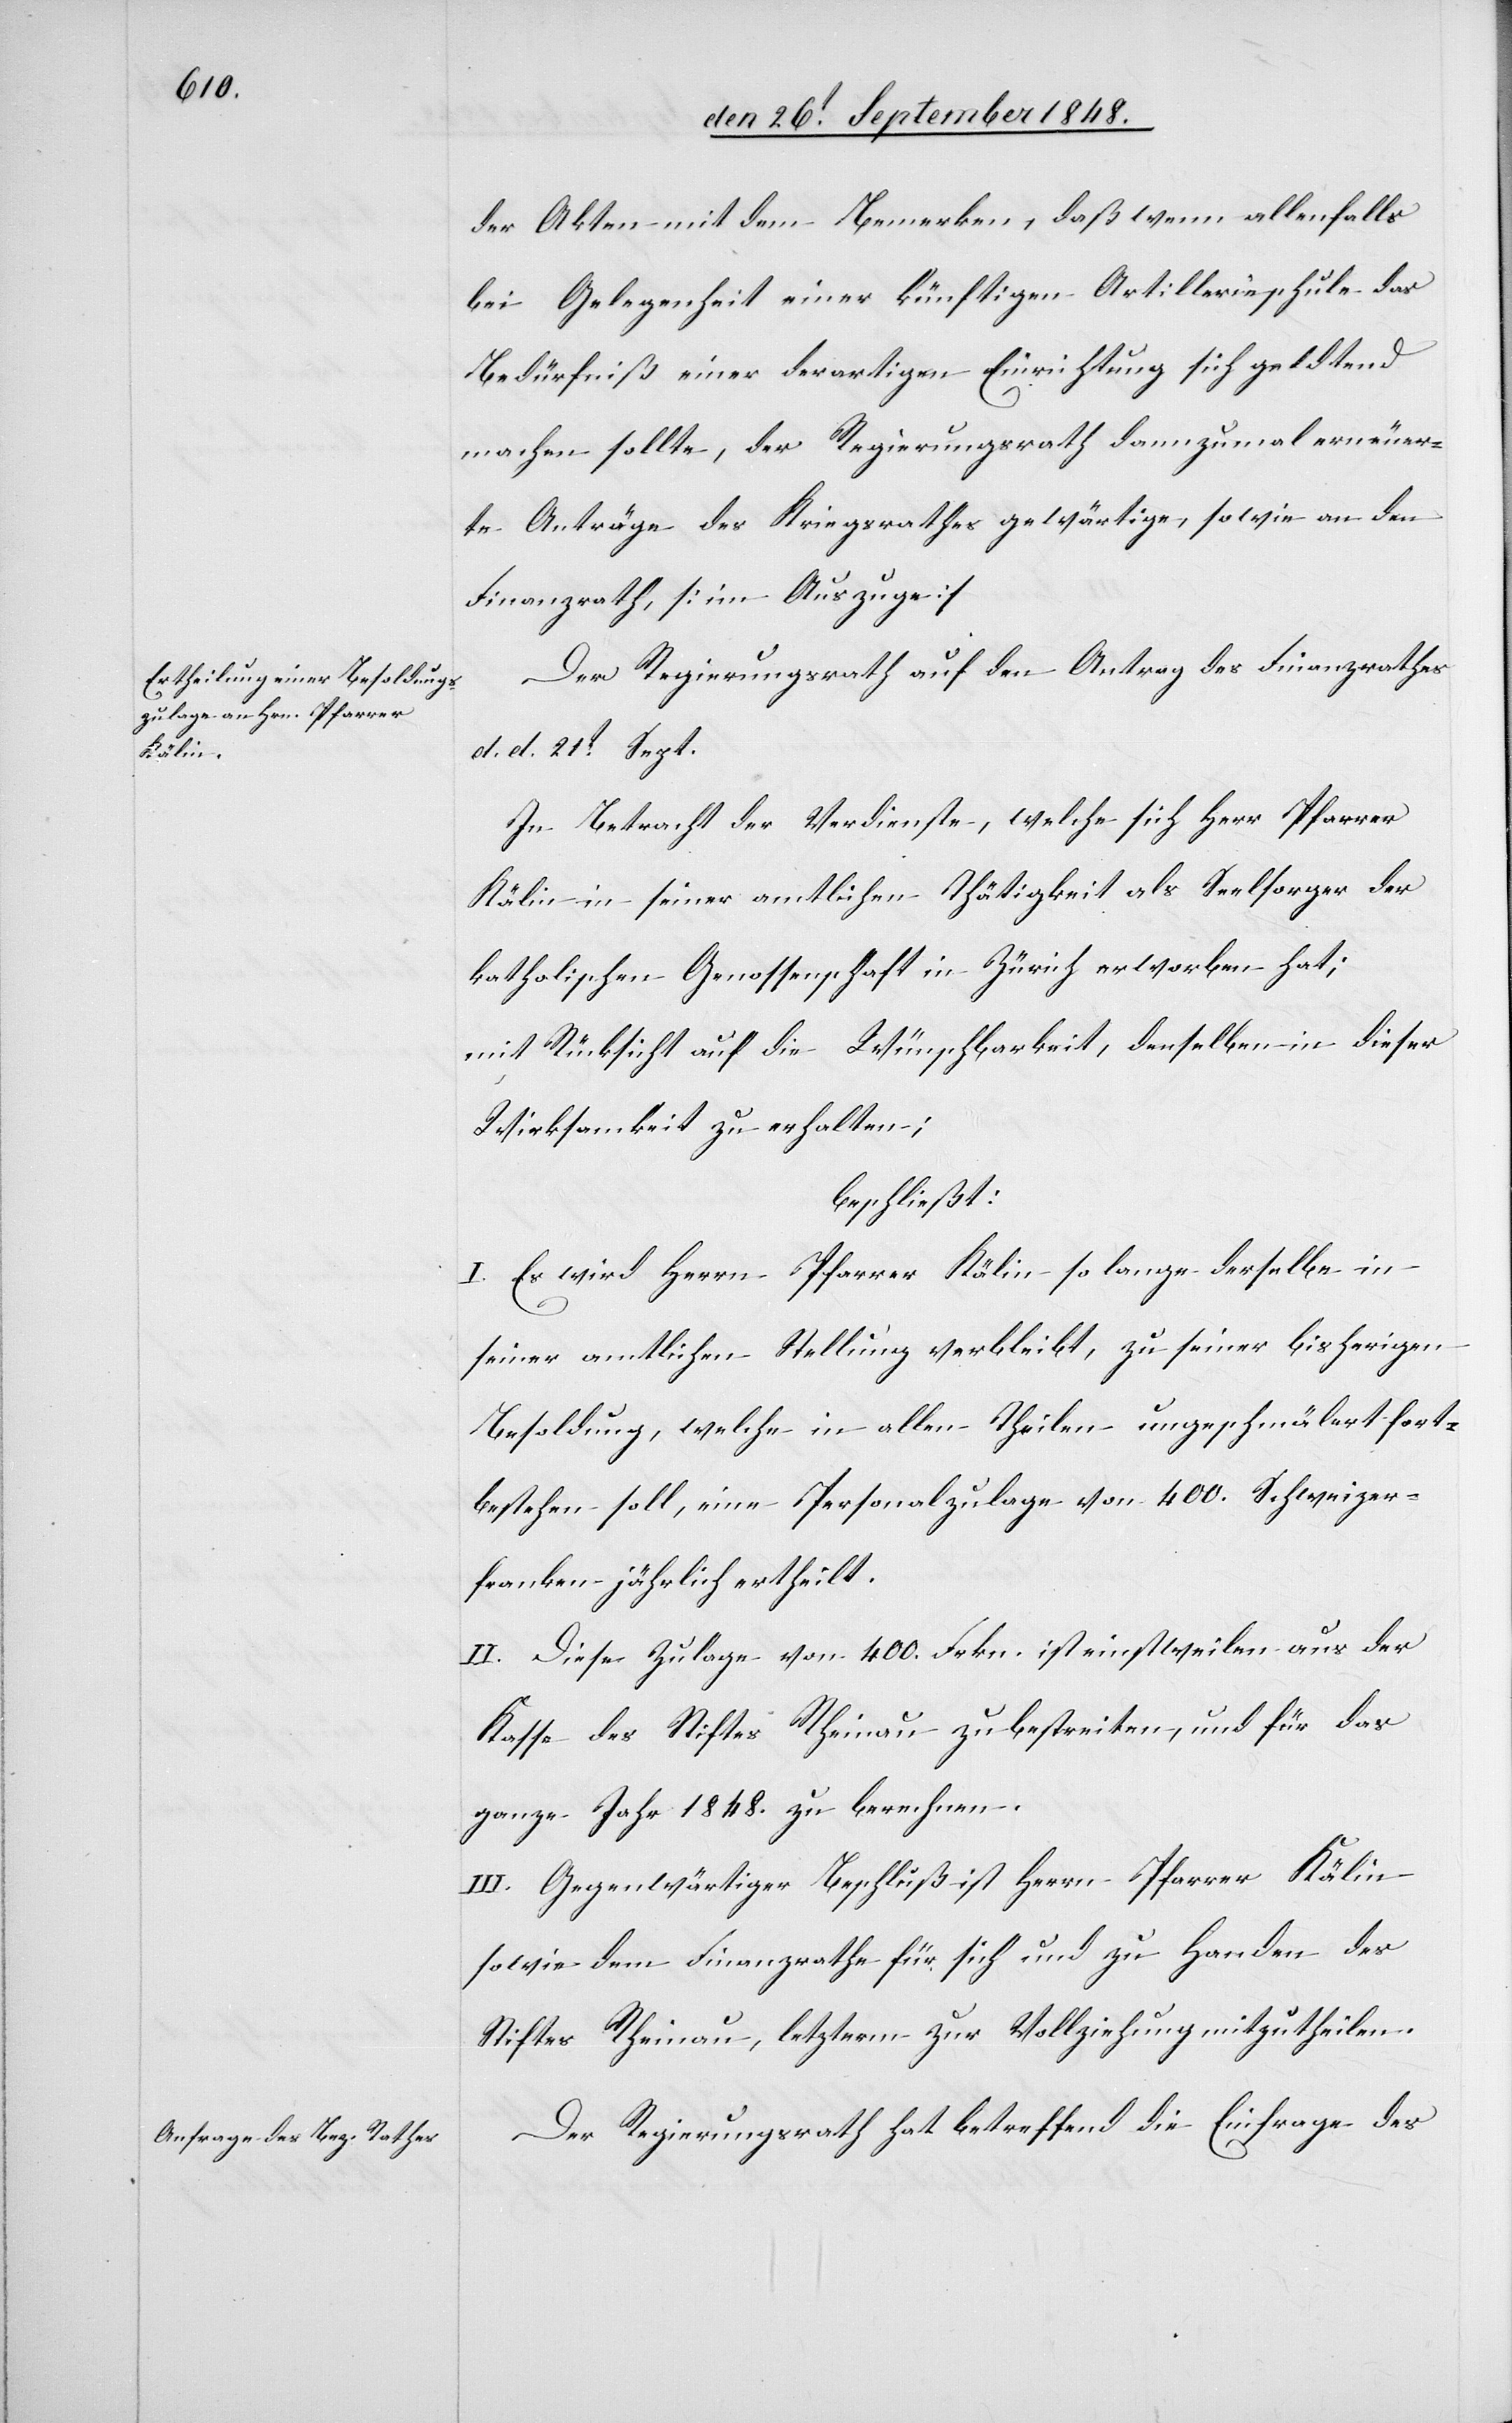
der Akten mit dem Bemerken, daß wenn allenfalls
bei Gelegenheit einer künftigen Artillerieschule das
Bedürfniß einer derartigen Einrichtung sich geldtend
machen sollte, der Regierungsrath dannzumal erneuer¬
te Anträge des Kriegsrathes gewärtige, sowie an den
Finanzrath. [im Auszuge]
Der Regierungsrath auf den Antrag des Finanzrath
d. d. 21t. Sept.
In Betracht der Verdienste, welche sich Herr Pfarrer
Kälin in seiner amtlichen Thätigkeit als Seelsorger der
katholischen Genossenschaft in Zürich erworben hat;
mit Rücksicht auf die Wünschbarkeit, denselben in dieser
Wirksamkeit zu erhalten;
beschließt:
I. Es wird Herrn Pfarrer Kälin so lange derselbe in
seiner amtlichen Stellung verbleibt, zu seiner bisherigen
Besoldung, welche in allen Theilen ungeschmälert fort¬
bestehen soll, eine Personalzulage von 400. Schweizer¬
franken jährlich ertheilt.
II. Diese Zulage von 400. Frkn. ist einstweilen aus der
Kasse des Stiftes Rheinau zu bestreiten, und für das
ganze Jahr 1848. zu berechnen.
III. Gegenwärtiger Beschluß ist Herrn Pfarrer Kälin
sowie dem Finanzrathe für sich und zu Handen des
Stiftes Rheinau, letzterm zur Vollziehung mitzutheilen.
Der Regierungsrath hat betreffend die Einfrage des